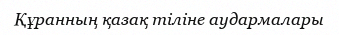
Құранның қазақ тіліне аудармалары